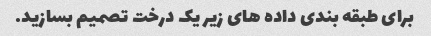
برای طبقه بندی داده های زیر یک درخت تصمیم بسازید.